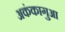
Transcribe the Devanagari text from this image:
अकंकागुआ